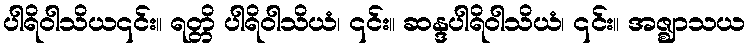
ပါရိဝါသိယ၎င်း။ ရတ္တိ ပါရိဝါသိယံ၊ ၎င်း။ ဆန္ဒပါရိဝါသိယံ၊ ၎င်း။ အဇ္ဈာသယ